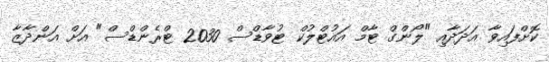
ކޮށްފައިވާ އަދަދާއި "ލޯންގް ޓާމް އައުޓްލުކް ޓުވާޑްސް 2030 ޓްރެންޑްސް" އަށް އަންދާޒާ